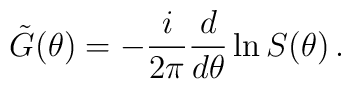
\tilde G(\theta)=-\frac {i}{2\pi}\frac {d}{d\theta}\ln S(\theta) \, .